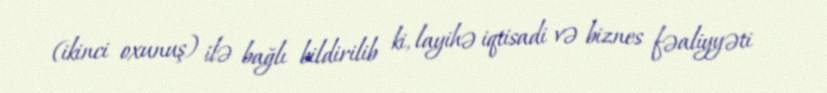
(ikinci oxunuş) ilə bağlı bildirilib ki, layihə iqtisadi və biznes fəaliyyəti